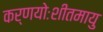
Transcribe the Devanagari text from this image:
कर्णयोःशीतमायु